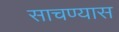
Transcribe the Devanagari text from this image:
साचण्यास